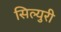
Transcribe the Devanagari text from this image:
सिल्युरी